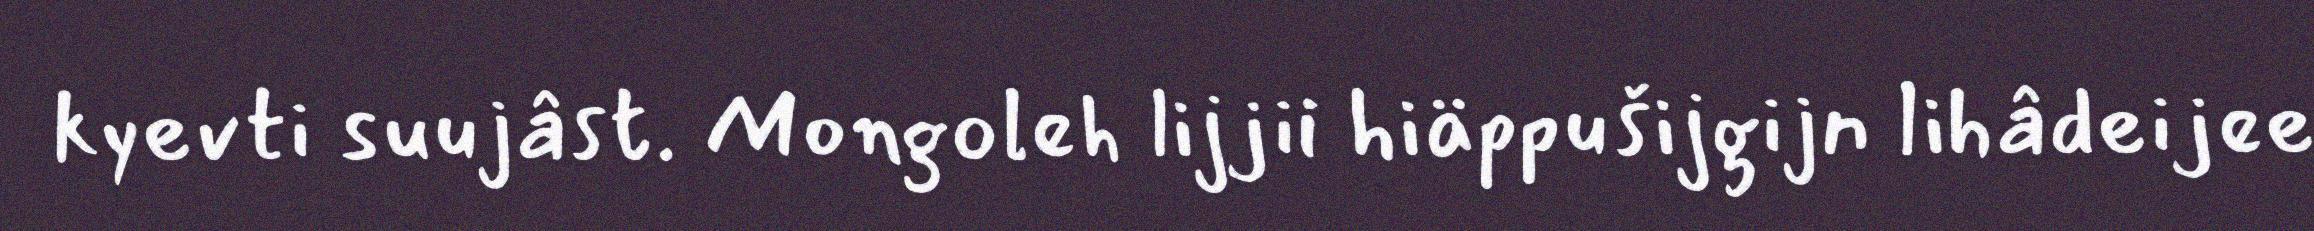
kyevti suujâst. Mongoleh lijjii hiäppušijgijn lihâdeijee